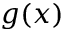
g ( x )